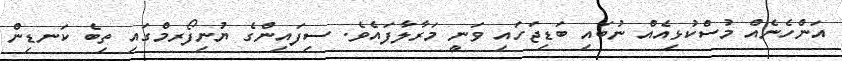
އަންހެނެއް މުސްކުޅިއެއް ނުބައި ބަޑިޖަހައި ވަނީ މަރާލާފައެވެ. ސިފައިންގެ ޔުނިފޯރމްގައި ތިބެ ކަނޑިން